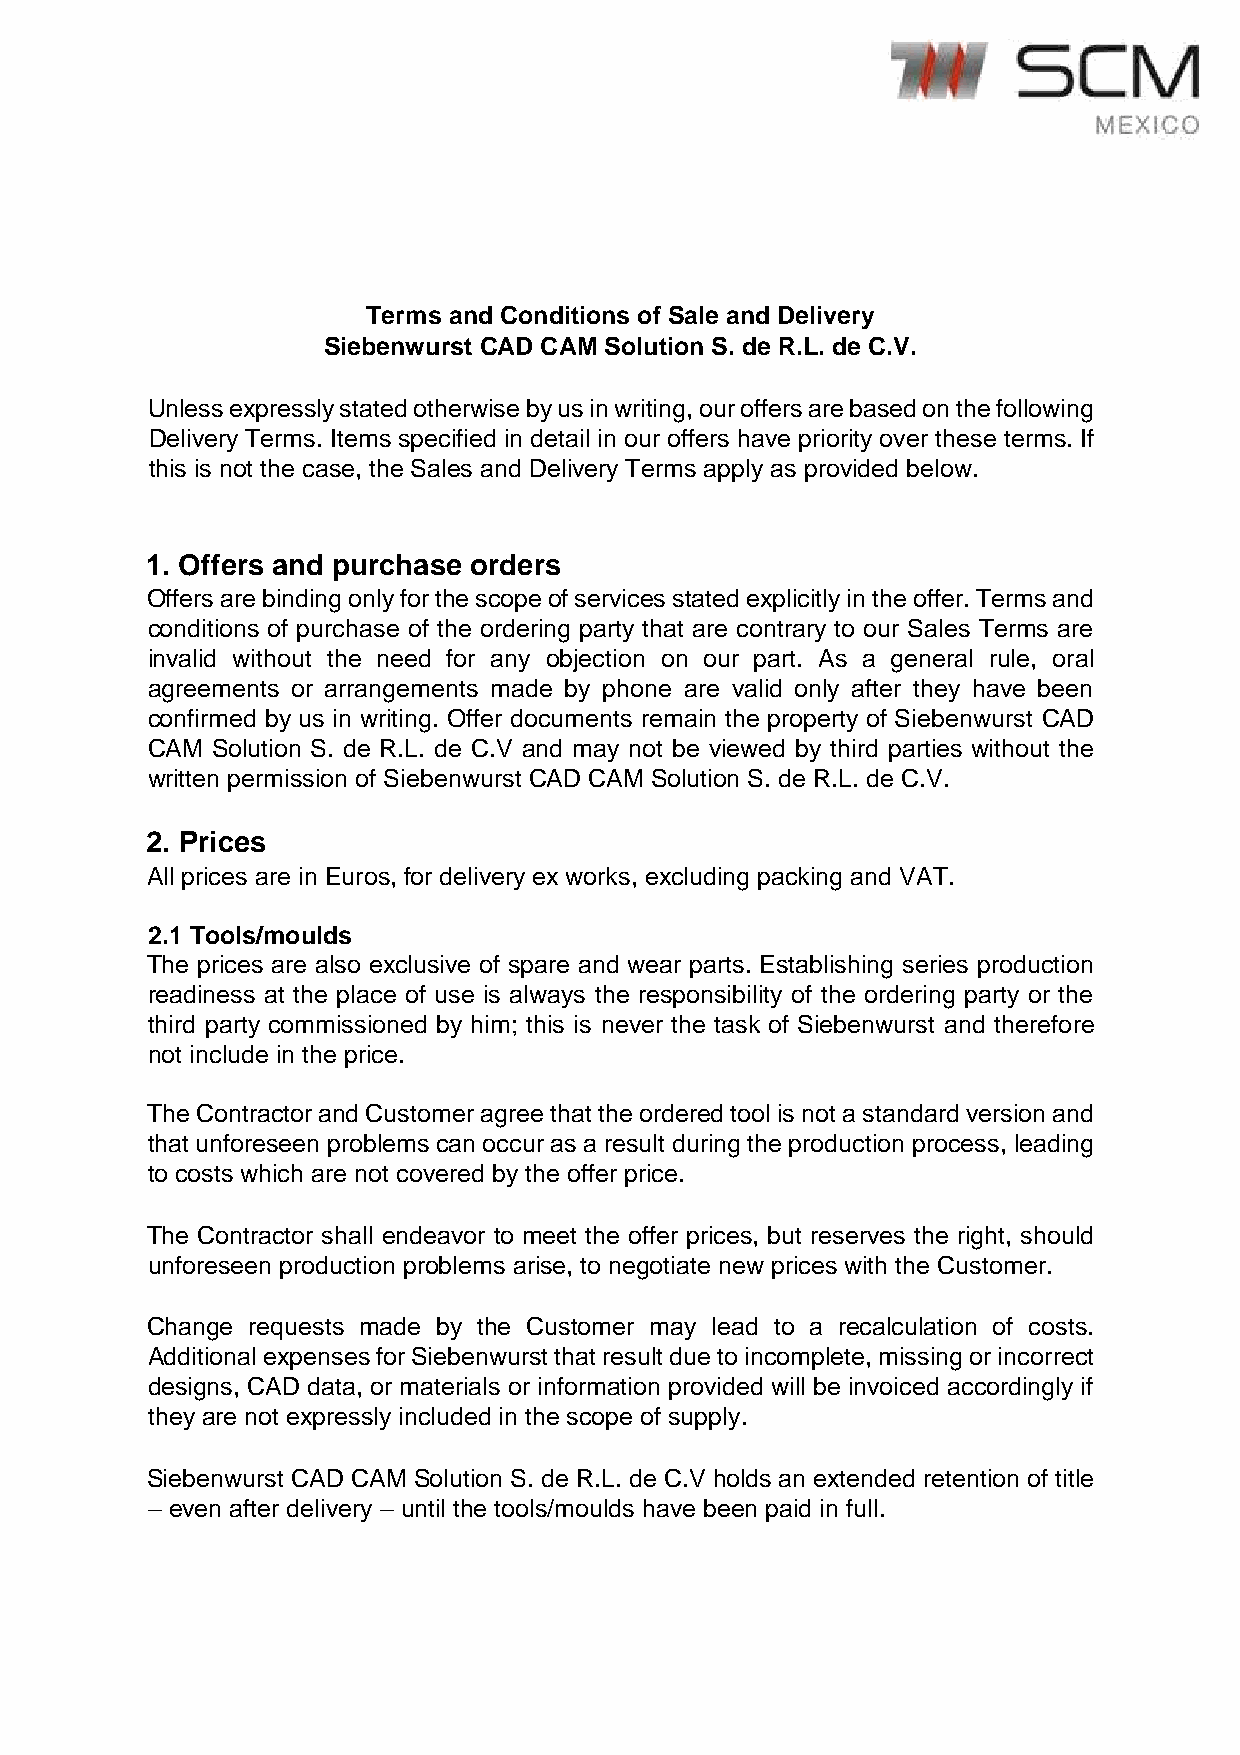
Terms and Conditions of Sale and Delivery
 Siebenwurst CAD CAM Solution S. de R.L. de C.V.
 Unless expressly stated otherwise by us in writing, our offers are based on the following
 Delivery Terms. Items specified in detail in our offers have priority over these terms. If
 this is not the case, the Sales and Delivery Terms apply as provided below.
 1. Offers and purchase orders
 Offers are binding only for the scope of services stated explicitly in the offer. Terms and
 conditions of purchase of the ordering party that are contrary to our Sales Terms are
 invalid without the need for any objection on our part. As a general rule, oral
 agreements or arrangements made by phone are valid only after they have been
 confirmed by us in writing. Offer documents remain the property of Siebenwurst CAD
 CAM Solution S. de R.L. de C.V and may not be viewed by third parties without the
 written permission of Siebenwurst CAD CAM Solution S. de R.L. de C.V.
 2. Prices
 All prices are in Euros, for delivery ex works, excluding packing and VAT.
 2.1 Tools/moulds
 The prices are also exclusive of spare and wear parts. Establishing series production
 readiness at the place of use is always the responsibility of the ordering party or the
 third party commissioned by him; this is never the task of Siebenwurst and therefore
 not include in the price.
 The Contractor and Customer agree that the ordered tool is not a standard version and
 that unforeseen problems can occur as a result during the production process, leading
 to costs which are not covered by the offer price.
 The Contractor shall endeavor to meet the offer prices, but reserves the right, should
 unforeseen production problems arise, to negotiate new prices with the Customer.
 Change requests made by the Customer may lead to a recalculation of costs.
 Additional expenses for Siebenwurst that result due to incomplete, missing or incorrect
 designs, CAD data, or materials or information provided will be invoiced accordingly if
 they are not expressly included in the scope of supply.
 Siebenwurst CAD CAM Solution S. de R.L. de C.V holds an extended retention of title
 – even after delivery – until the tools/moulds have been paid in full.